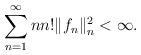
LaTeX: \begin{align*}\sum_{n=1}^\infty n n!\|f_n\|^2_n<\infty.\end{align*}